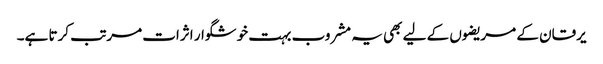
یرقان کے مریضوں کے لیے بھی یہ مشروب بہت خوشگوار اثرات مرتب کرتا ہے۔